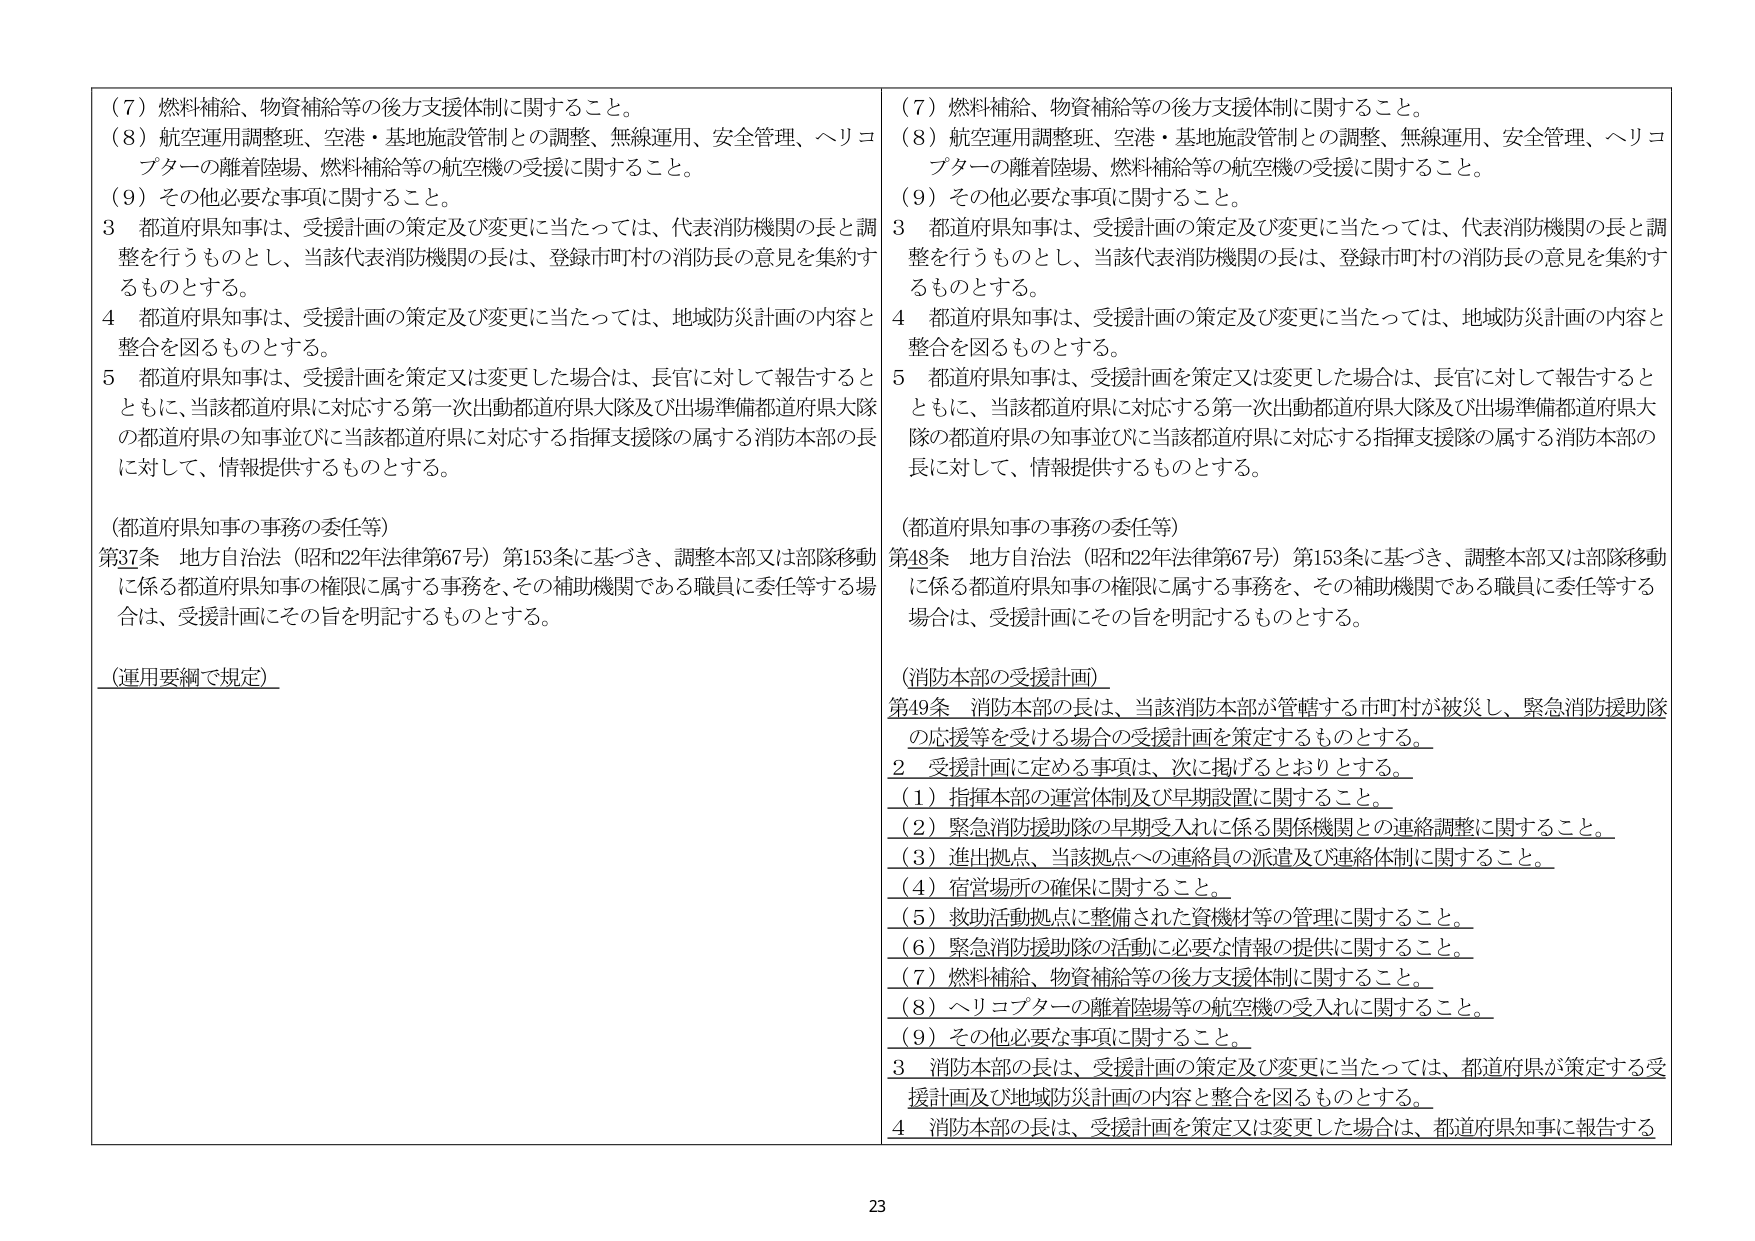
（７）燃料補給、物資補給等の後方支援体制に関すること。
（８）航空運用調整班、空港・基地施設管制との調整、無線運用、安全管理、ヘリコプターの離着陸場、燃料補給等の航空機の受援に関すること。
（９）その他必要な事項に関すること。
３ 都道府県知事は、受援計画の策定及び変更に当たっては、代表消防機関の長と調整を行うものとし、当該代表消防機関の長は、登録市町村の消防長の意見を集約するものとする。
４ 都道府県知事は、受援計画の策定及び変更に当たっては、地域防災計画の内容と整合を図るものとする。
５ 都道府県知事は、受援計画を策定又は変更した場合は、長官に対して報告するとともに、当該都道府県に対応する第一次出動都道府県大隊及び出場準備都道府県大隊の都道府県の知事並びに当該都道府県に対応する指揮支援隊の属する消防本部の長に対して、情報提供するものとする。

（都道府県知事の事務の委任等）
第37条 地方自治法（昭和22年法律第67号）第153条に基づき、調整本部又は部隊移動に係る都道府県知事の権限に属する事務を、その補助機関である職員に委任等する場合は、受援計画にその旨を明記するものとする。

（運用要綱で規定）

（７）燃料補給、物資補給等の後方支援体制に関すること。
（８）航空運用調整班、空港・基地施設管制との調整、無線運用、安全管理、ヘリコプターの離着陸場、燃料補給等の航空機の受援に関すること。
（９）その他必要な事項に関すること。
３ 都道府県知事は、受援計画の策定及び変更に当たっては、代表消防機関の長と調整を行うものとし、当該代表消防機関の長は、登録市町村の消防長の意見を集約するものとする。
４ 都道府県知事は、受援計画の策定及び変更に当たっては、地域防災計画の内容と整合を図るものとする。
５ 都道府県知事は、受援計画を策定又は変更した場合は、長官に対して報告するとともに、当該都道府県に対応する第一次出動都道府県大隊及び出場準備都道府県大隊の都道府県の知事並びに当該都道府県に対応する指揮支援隊の属する消防本部の長に対して、情報提供するものとする。

（都道府県知事の事務の委任等）
第48条 地方自治法（昭和22年法律第67号）第153条に基づき、調整本部又は部隊移動に係る都道府県知事の権限に属する事務を、その補助機関である職員に委任等する場合は、受援計画にその旨を明記するものとする。

（消防本部の受援計画）
第49条 消防本部の長は、当該消防本部が管轄する市町村が被災し、緊急消防援助隊の応援等を受ける場合の受援計画を策定するものとする。
２ 受援計画に定める事項は、次に掲げるとおりとする。
（１）指揮本部の運営体制及び早期設置に関すること。
（２）緊急消防援助隊の早期受入れに係る関係機関との連絡調整に関すること。
（３）進出拠点、当該拠点への連絡員の派遣及び連絡体制に関すること。
（４）宿営場所の確保に関すること。
（５）救助活動拠点に整備された資機材等の管理に関すること。
（６）緊急消防援助隊の活動に必要な情報の提供に関すること。
（７）燃料補給、物資補給等の後方支援体制に関すること。
（８）ヘリコプターの離着陸場等の航空機の受入れに関すること。
（９）その他必要な事項に関すること。
３ 消防本部の長は、受援計画の策定及び変更に当たっては、都道府県が策定する受援計画及び地域防災計画の内容と整合を図るものとする。
４ 消防本部の長は、受援計画を策定又は変更した場合は、都道府県知事に報告する

23